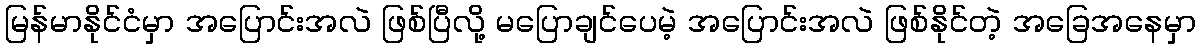
မြန်မာနိုင်ငံမှာ အပြောင်းအလဲ ဖြစ်ပြီလို့ မပြောချင်ပေမဲ့ အပြောင်းအလဲ ဖြစ်နိုင်တဲ့ အခြေအနေမှာ